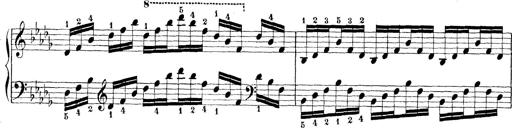
Title: Technische Studien
Composer: Franz Liszt